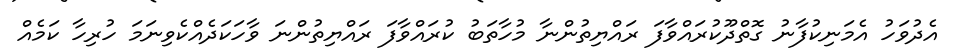
އެދުވަހު އެމަނިކުފާނު ގޮތްދޫކުރައްވާފަ ރައްޔިތުންނާ މުހާތަބު ކުރައްވާފަ ރައްޔިތުންނަ ވާހަކަދެއްކެވިނަމަ ހުރިހާ ކަމެއް